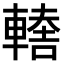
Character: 𨎈